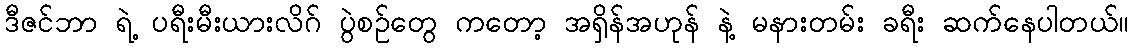
ဒီဇင်ဘာ ရဲ့ ပရီးမီးယားလိဂ် ပွဲစဉ်တွေ ကတော့ အရှိန်အဟုန် နဲ့ မနားတမ်း ခရီး ဆက်နေပါတယ်။